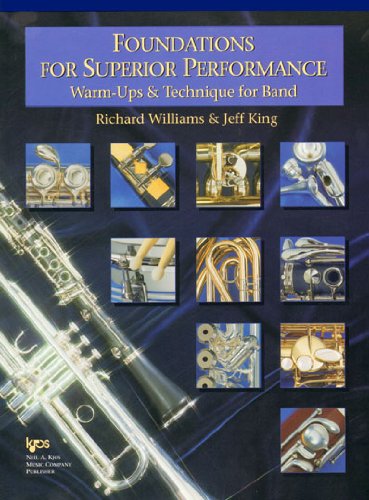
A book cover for W32TB - Foundations for Superior Performance: Warm-ups and Technique for Band : Trombone; Richard Williams; Teen & Young Adult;